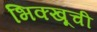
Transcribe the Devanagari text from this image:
भिक्खूची